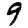
Digit: 9